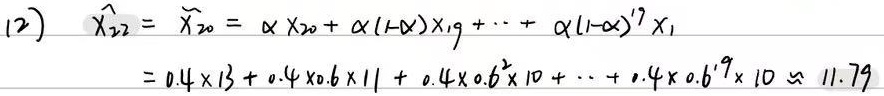
(2)
\[
\begin{align*}
\hat{x}_{22}&=\widetilde{x}_{20}=\alpha x_{20}+\alpha(1 - \alpha)x_{19}+\cdots+\alpha(1 - \alpha)^{19}x_{1}\\
&=0.4\times13 + 0.4\times0.6\times11+0.4\times0.6^{2}\times10+\cdots+0.4\times0.6^{19}\times10\approx11.79
\end{align*}
\]